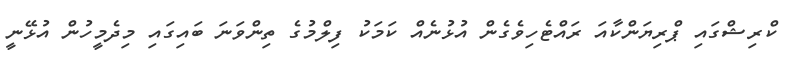
ކްރިޝްގައި ޕްރިޔަންކާއަ ރައްޓެހިވެގެން އުޅުނެއް ކަމަކު ފިލްމުގެ ތިންވަނަ ބައިގައި މިދެމީހުން އުޅޭނީ